Scottish Certificate of Education, 1963
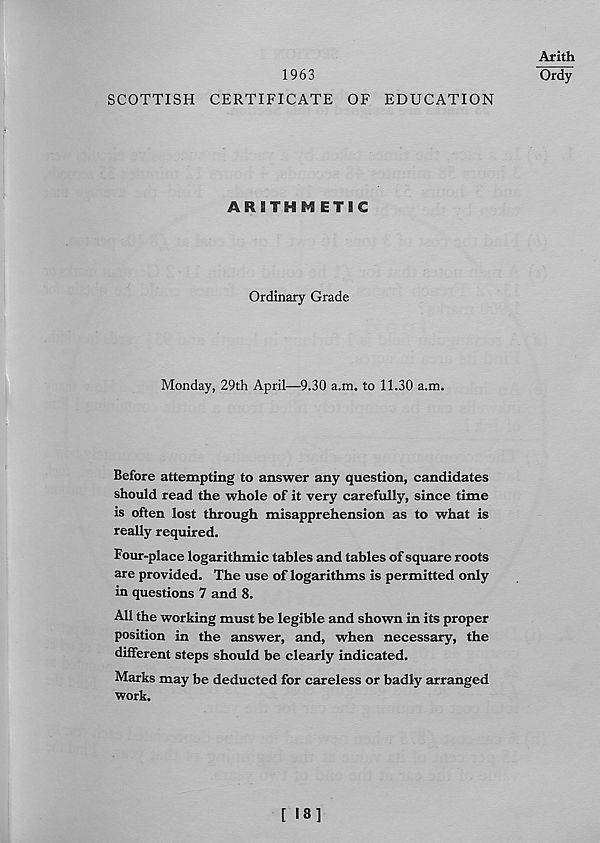
1963
SCOTTISH CERTIFICATE OF EDUCATION
Arith
Ordy
ARITHMETIC
Ordinary Grade
Monday, 29th April—9.30 a.m. to 11.30 a.m.
Before attempting to answer any question, candidates
should read the whole of it very carefully, since time
is often lost through misapprehension as to what is
really required.
Four-place logarithmic tables and tables of square roots
are provided. The use of logarithms is permitted only
in questions 7 and 8.
All the working must be legible and shown in its proper
position in the answer, and, when necessary, the
different steps should be clearly indicated.
Marks may be deducted for careless or badly arranged
work.
[ 18]